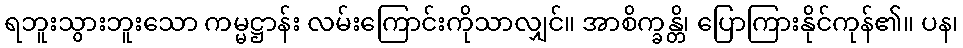
ရဘူးသွားဘူးသော ကမ္မဋ္ဌာန်း လမ်းကြောင်းကိုသာလျှင်။ အာစိက္ခန္တိ၊ ပြောကြားနိုင်ကုန်၏။ ပန၊